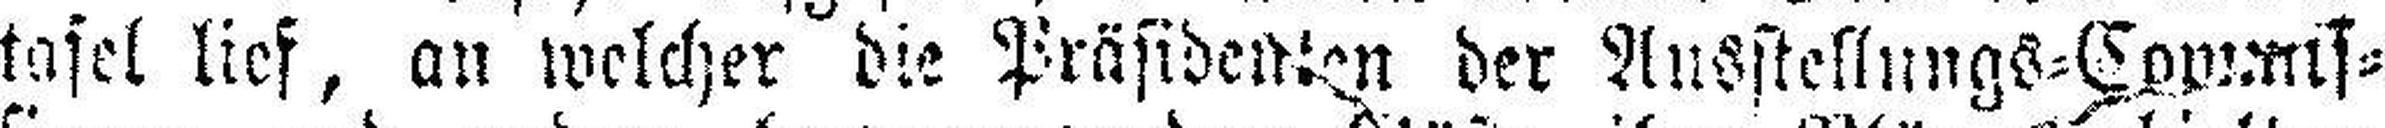
tafel lief, an welcher die Präsidenten der Ausstellungs=Commis¬